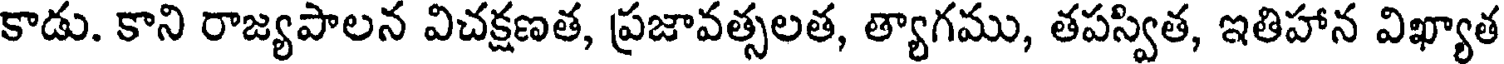
కాడు. కాని రాజ్యపాలన విచక్షణత, ప్రజావత్సలత, త్యాగము, తపస్విత, ఇతిహాన విఖ్యాత